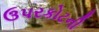
ઉપરકોટની